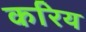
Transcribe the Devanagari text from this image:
करिय